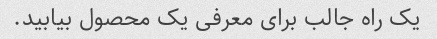
یک راه جالب برای معرفی یک محصول بیابید.